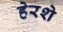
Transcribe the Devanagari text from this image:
हेरशे